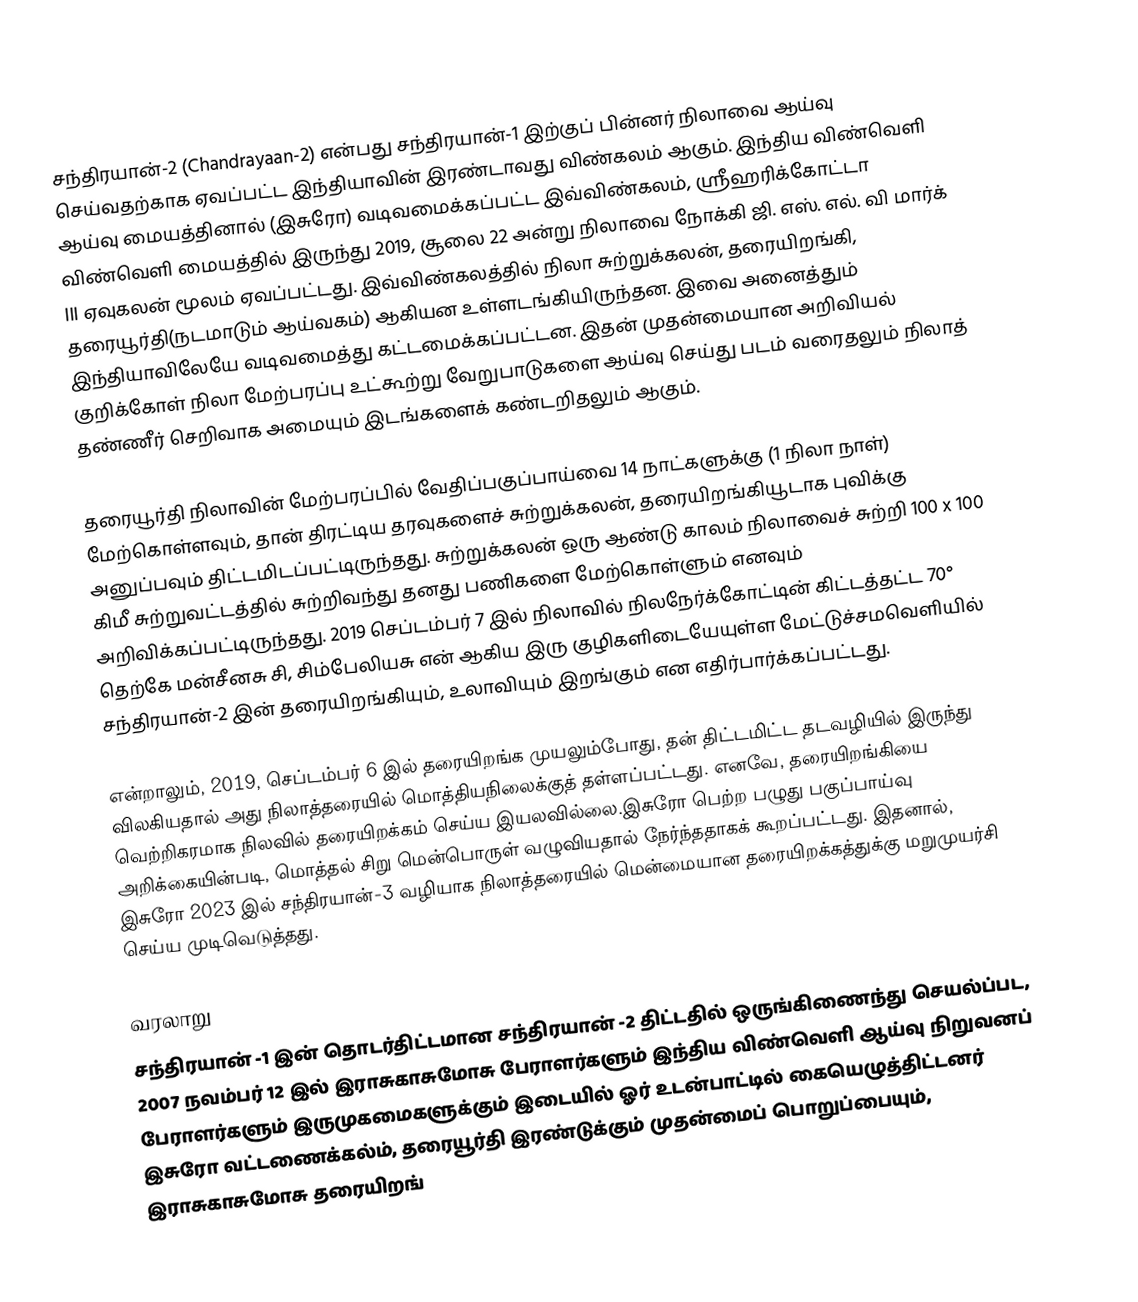
சந்திரயான்-2 (Chandrayaan-2) என்பது சந்திரயான்-1 இற்குப் பின்னர் நிலாவை ஆய்வு செய்வதற்காக ஏவப்பட்ட இந்தியாவின் இரண்டாவது விண்கலம் ஆகும். இந்திய விண்வெளி ஆய்வு மையத்தினால் (இசுரோ) வடிவமைக்கப்பட்ட இவ்விண்கலம், ஸ்ரீஹரிக்கோட்டா விண்வெளி மையத்தில் இருந்து 2019, சூலை 22 அன்று நிலாவை நோக்கி ஜி. எஸ். எல். வி மார்க் III ஏவுகலன் மூலம் ஏவப்பட்டது. இவ்விண்கலத்தில் நிலா சுற்றுக்கலன், தரையிறங்கி, தரையூர்தி(நடமாடும் ஆய்வகம்) ஆகியன உள்ளடங்கியிருந்தன. இவை அனைத்தும் இந்தியாவிலேயே  வடிவமைத்து கட்டமைக்கப்பட்டன. இதன் முதன்மையான அறிவியல் குறிக்கோள் நிலா மேற்பரப்பு உட்கூற்று வேறுபாடுகளை ஆய்வு செய்து படம் வரைதலும் நிலாத் தண்ணீர்  செறிவாக அமையும் இடங்களைக் கண்டறிதலும் ஆகும்.

தரையூர்தி நிலாவின் மேற்பரப்பில் வேதிப்பகுப்பாய்வை 14 நாட்களுக்கு (1 நிலா நாள்) மேற்கொள்ளவும், தான் திரட்டிய தரவுகளைச் சுற்றுக்கலன்,  தரையிறங்கியூடாக புவிக்கு அனுப்பவும் திட்டமிடப்பட்டிருந்தது. சுற்றுக்கலன் ஒரு ஆண்டு காலம் நிலாவைச் சுற்றி 100 x 100 கிமீ சுற்றுவட்டத்தில் சுற்றிவந்து தனது பணிகளை மேற்கொள்ளும் எனவும் அறிவிக்கப்பட்டிருந்தது. 2019 செப்டம்பர் 7 இல் நிலாவில் நிலநேர்க்கோட்டின் கிட்டத்தட்ட 70° தெற்கே மன்சீனசு சி, சிம்பேலியசு என் ஆகிய இரு குழிகளிடையேயுள்ள மேட்டுச்சமவெளியில் சந்திரயான்-2 இன் தரையிறங்கியும், உலாவியும் இறங்கும் என எதிர்பார்க்கப்பட்டது.

என்றாலும், 2019, செப்டம்பர் 6 இல் தரையிறங்க முயலும்போது, தன் திட்டமிட்ட தடவழியில் இருந்து விலகியதால் அது நிலாத்தரையில் மொத்தியநிலைக்குத் தள்ளப்பட்டது. எனவே, தரையிறங்கியை வெற்றிகரமாக நிலவில் தரையிறக்கம் செய்ய இயலவில்லை.இசுரோ பெற்ற பழுது பகுப்பாய்வு அறிக்கையின்படி, மொத்தல் சிறு மென்பொருள் வழுவியதால் நேர்ந்ததாகக் கூறப்பட்டது. இதனால், இசுரோ 2023 இல் சந்திரயான்-3 வழியாக நிலாத்தரையில் மென்மையான தரையிறக்கத்துக்கு மறுமுயர்சி செய்ய முடிவெடுத்தது.

வரலாறு
சந்திரயான் -1 இன் தொடர்திட்டமான சந்திரயான் -2  திட்டதில் ஒருங்கிணைந்து செயல்ப்பட, 2007 நவம்பர் 12 இல்  இராசுகாசுமோசு பேராளர்களும் இந்திய விண்வெளி ஆய்வு நிறுவனப் பேராளர்களும் இருமுகமைகளுக்கும் இடையில் ஓர் உடன்பாட்டில் கையெழுத்திட்டனர்  இசுரோ வட்டணைக்கல்ம், தரையூர்தி இரண்டுக்கும் முதன்மைப் பொறுப்பையும்,   இராசுகாசுமோசு தரையிறங்